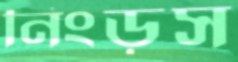
নিংড়স